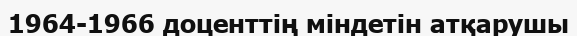
1964-1966 доценттің міндетін атқарушы